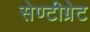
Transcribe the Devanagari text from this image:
सेण्टीग्रेट